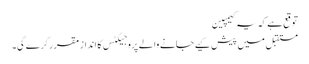
توقع ہے کہ یہ کیمپین
مستقبل میں پیش کیے جانے والے پروجیکٹس کا انداز مقرر کرے گی۔